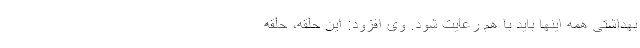
بهداشتی همه اینها باید با هم رعایت شود. وی افزود: این حلقه، حلقه